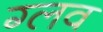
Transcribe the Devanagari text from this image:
ग्लव